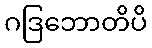
ဂဒြဘောတိပိ